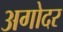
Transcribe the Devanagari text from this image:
अगोदर